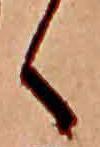
く